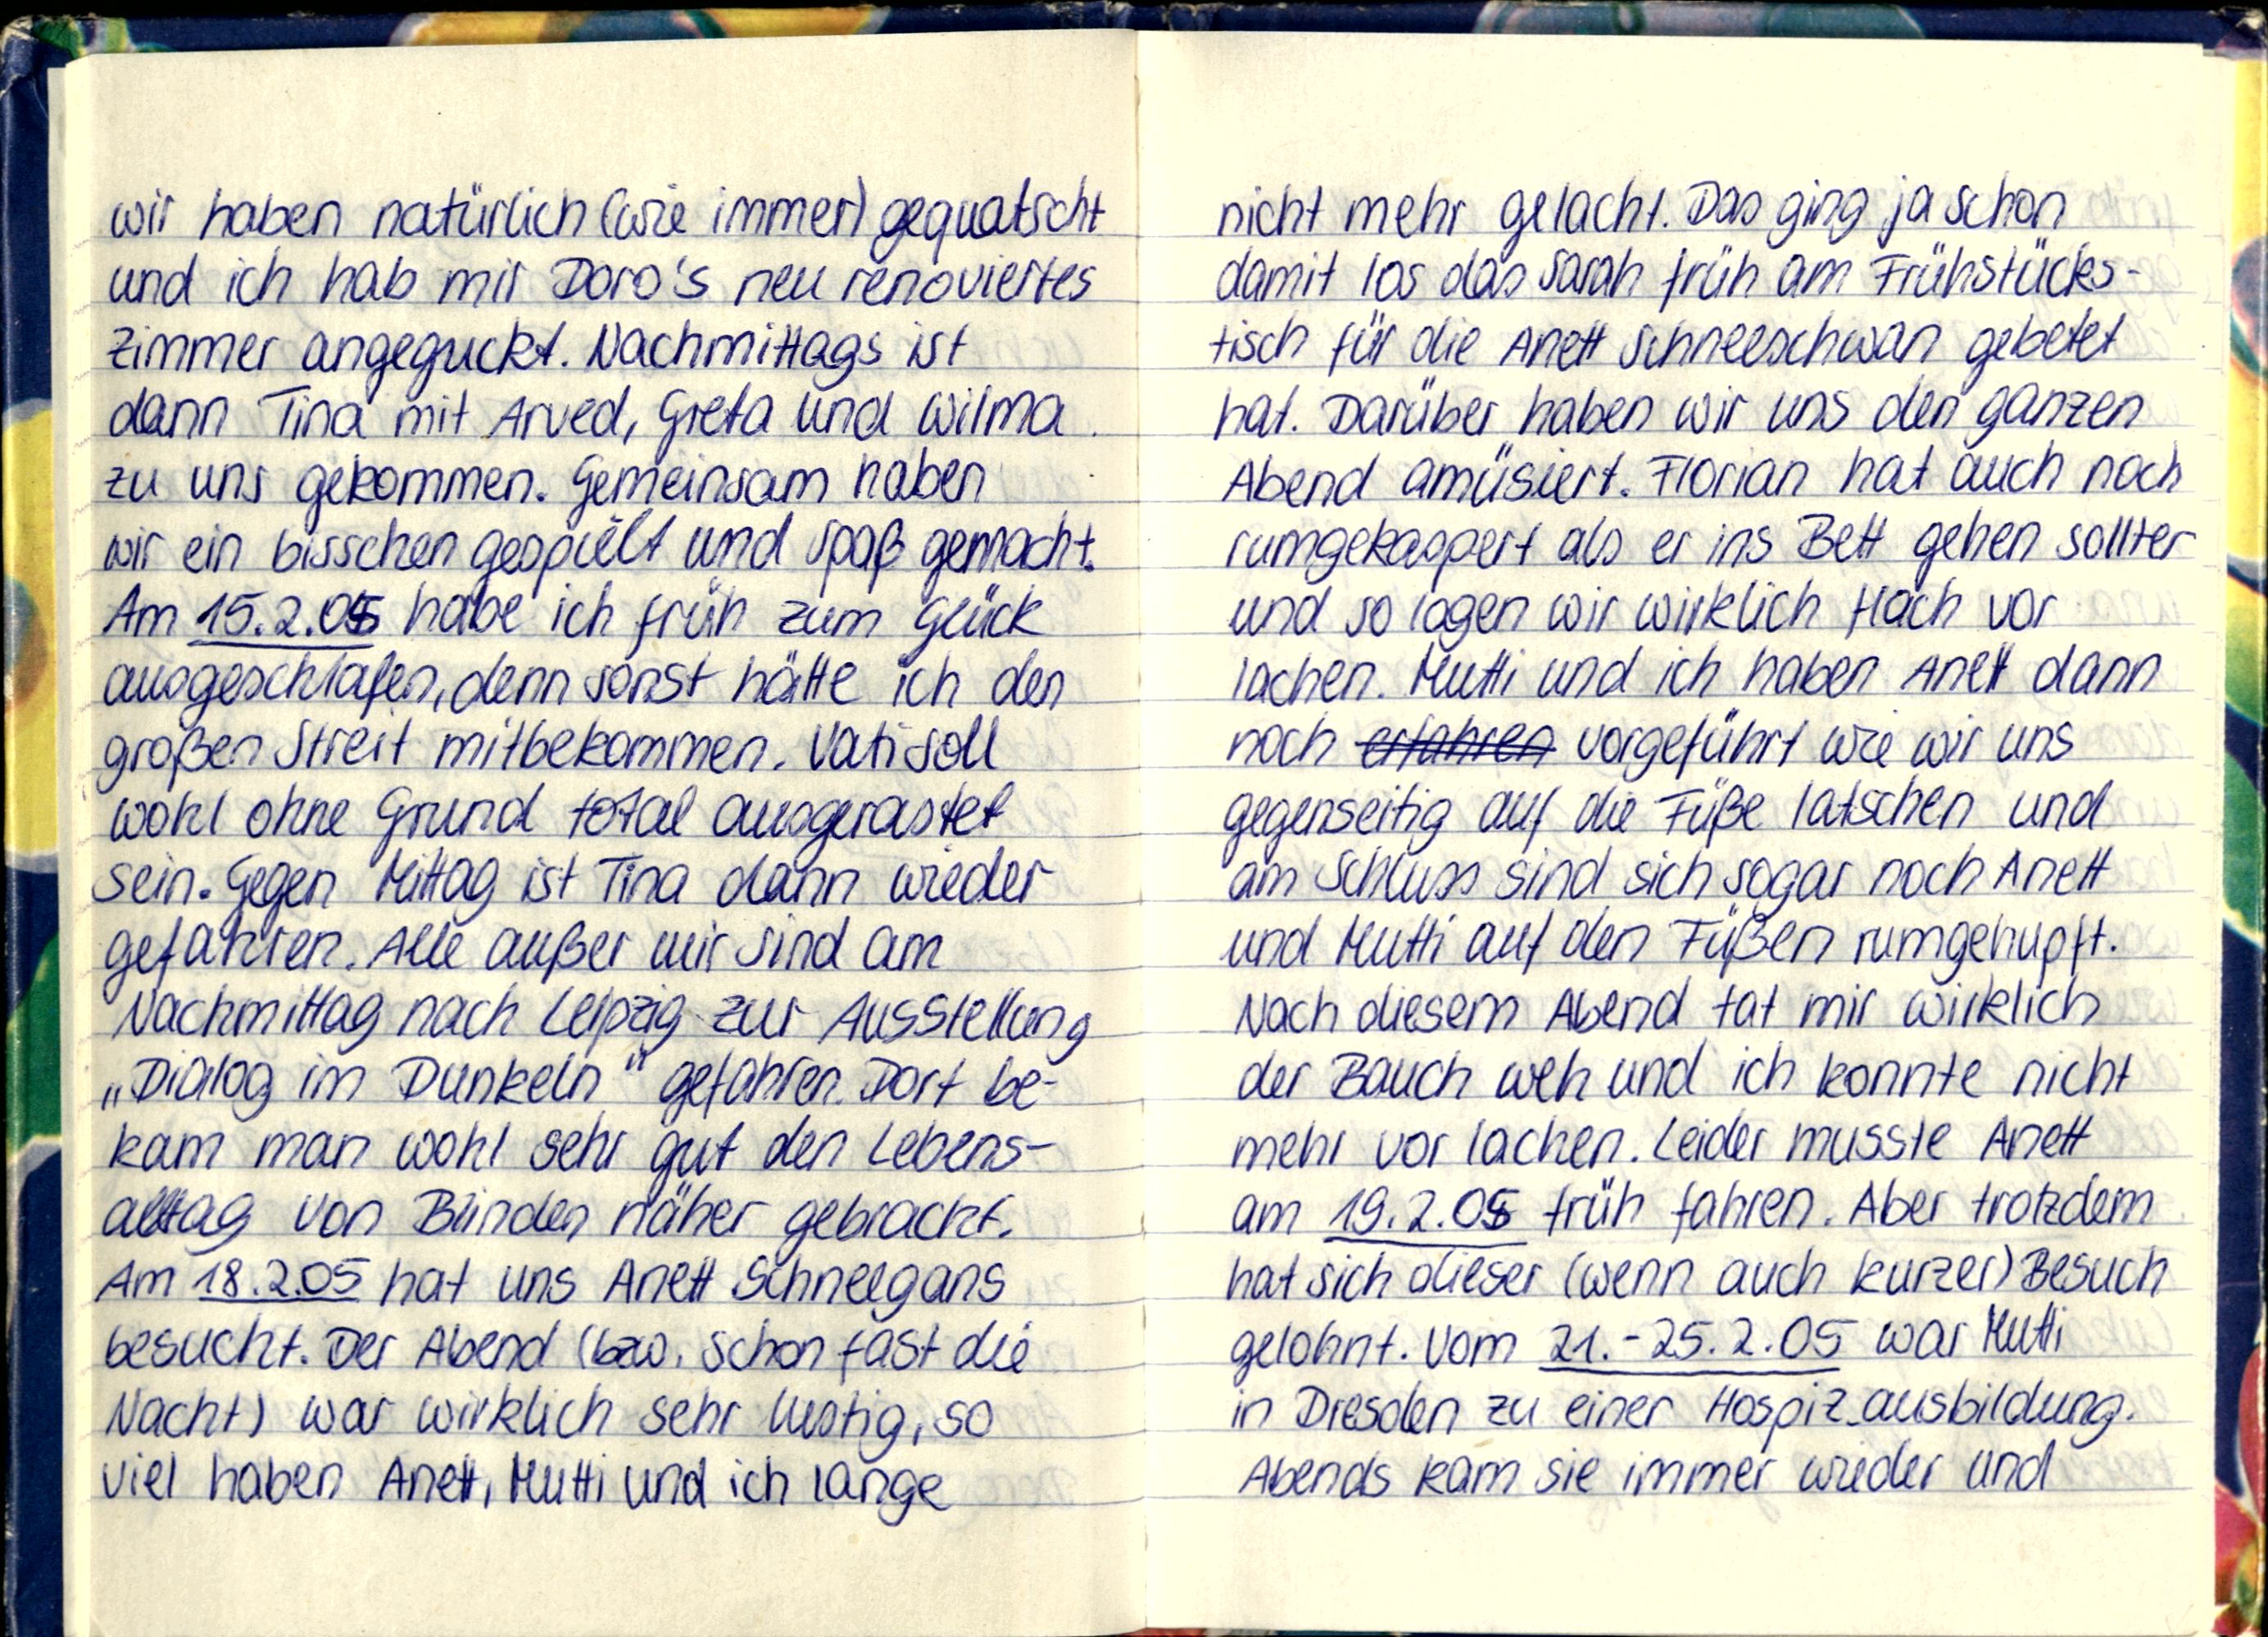
wir haben natürlich (wie immer) gequatscht
und ich hab mir Doro's neu renoviertes
Zimmer angeguckt. Nachmittags ist
dann Tina mit Arved, Greta und Wilma
zu uns gekommen. Gemeinsam haben
wir ein bisschen gespielt und Spaß gemacht.
Am 15.2.05 habe ich früh zum Glück
ausgeschlafen, denn sonst hätte ich den
großen Streit mitbekommen. Vati soll
wohl ohne Grund total ausgerastet
sein. Gegen Mittag ist Tina dann wieder
gefahren. Alle außer mir sind am
Nachmittag nach Leipzig zur Ausstellung
„Dialog im Dunkeln" gefahren. Dort be-
kam man wohl sehr gut den Lebens-
alltag von Blinden näher gebracht.
Am 18.2.05 hat uns Anett Schneegans
besucht. Der Abend (bzw. schon fast die
Nacht) war wirklich sehr lustig, so
viel haben Anett, Mutti und ich lange

nicht mehr gelacht. Das ging ja schon
damit los das Sarah früh am Frühstücks-
tisch für die Anett Schneeschwan gebetet
hat. Darüber haben wir uns den ganzen
Abend amüsiert. Florian hat auch noch
rumgekaspert als er ins Bett gehen sollte
und so lagen wir wirklich flach vor
lachen. Mutti und ich haben Anett dann
noch vorgeführt wie wir uns
gegenseitig auf die Füße latschen und
Am Schluss sind sich sogar noch Anett
und Mutti auf den Füßen rumgehupft.
Nach deisem Abend tat mir wirklich
der Bauch weh und ich konnte nicht
mehr vor lachen. Leider musste Anett
am 19.2.05 früh fahren. Aber trotzdem
hat sich dieser (wenn auch kurzer) Besuch
gelohnt. Vom 21.-25.2.05 war Mutti
in Dresden zu einer Hospizausbildung.
Abends kam sie immer wieder und